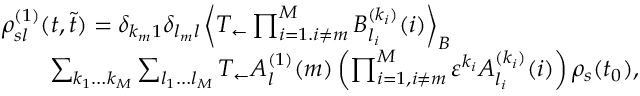
\begin{array} { r l } & { \rho _ { s l } ^ { ( 1 ) } ( t , \tilde { t } ) = \delta _ { k _ { m } 1 } \delta _ { l _ { m } l } \left\langle T _ { \leftarrow } \prod _ { i = 1 . i \neq m } ^ { M } B _ { l _ { i } } ^ { ( k _ { i } ) } ( i ) \right\rangle _ { B } } \\ & { \qquad \sum _ { k _ { 1 } \dots k _ { M } } \sum _ { l _ { 1 } \dots l _ { M } } T _ { \leftarrow } A _ { l } ^ { ( 1 ) } ( m ) \left( \prod _ { i = 1 , i \neq m } ^ { M } \varepsilon ^ { k _ { i } } A _ { l _ { i } } ^ { ( k _ { i } ) } ( i ) \right) \rho _ { s } ( t _ { 0 } ) , } \end{array}